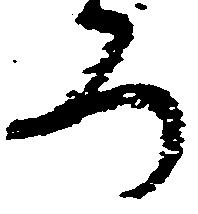
ろ